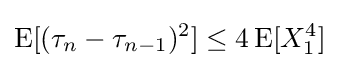
\operatorname {E} [(\tau _{n}-\tau _{n-1})^{2}]\leq 4\operatorname {E} [X_{1}^{4}]